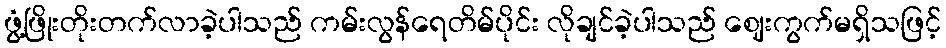
ဖွံ့ဖြိုးတိုးတက်လာခဲ့ပါသည် ကမ်းလွန်ရေတိမ်ပိုင်း လိုချင်ခဲ့ပါသည် ဈေးကွက်မရှိသဖြင့်